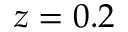
z = 0 . 2